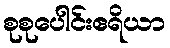
စုစုပေါင်းဧရိယာ